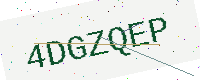
Text: 4DGZQEP